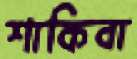
শাকিবা